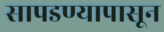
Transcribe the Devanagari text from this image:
सापडण्यापासून